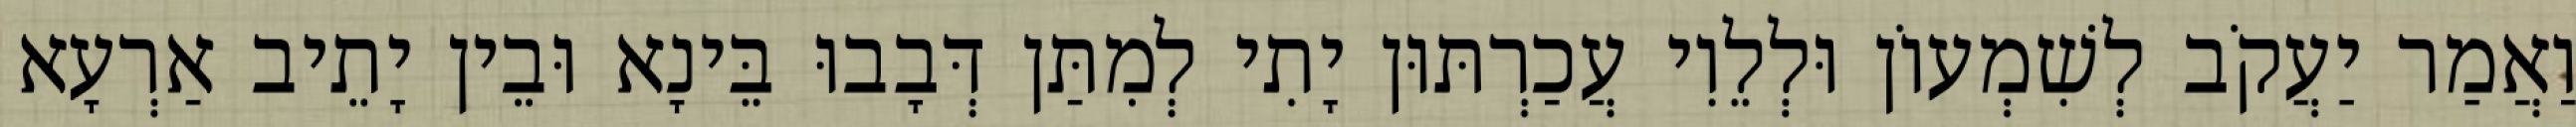
וַאֲמַר יַעֲקֹב לְשִׁמְעוֹן וּלְלֵוִי עֲכַרְתּוּן יָתִי לְמִתַּן דְּבָבוּ בֵּינָא וּבֵין יָתֵיב אַרְעָא